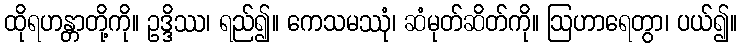
ထိုရဟန္တာတို့ကို။ ဥဒ္ဒိဿ၊ ရည်၍။ ကေသမဿုံ၊ ဆံမုတ်ဆိတ်ကို။ ဩဟာရေတွာ၊ ပယ်၍။